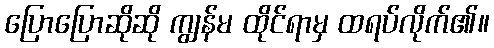
ပြောပြောဆိုဆို ကျွန်မ ထိုင်ရာမှ ထရပ်လိုက်၏။